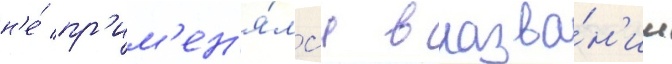
н'е́ пр'им'ен'я́лс'я в назва́н'ии